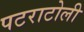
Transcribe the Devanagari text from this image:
पटराटोली